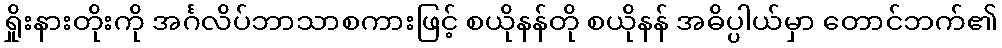
ရှိုးနားတိုးကို အင်္ဂလိပ်ဘာသာစကားဖြင့် စယိုနန်တို စယိုနန် အဓိပ္ပါယ်မှာ တောင်ဘက်၏